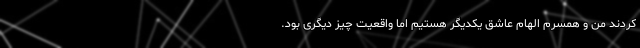
‌کردند من و همسرم الهام عاشق یکدیگر هستیم اما واقعیت چیز دیگری بود.